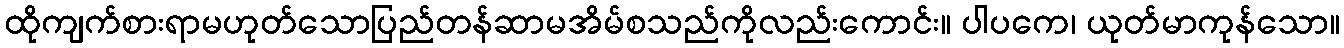
ထိုကျက်စားရာမဟုတ်သောပြည်တန်ဆာမအိမ်စသည်ကိုလည်းကောင်း။ ပါပကေ၊ ယုတ်မာကုန်သော။